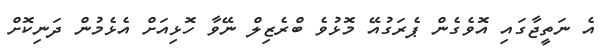
އެ ނަތީޖާގައި އޮވެގެން ޕެރަގުއޭ މޮޅުވެ ބްރެޒިލް ނޭވާ ހޮޅިއަށް އެޅެމުން ދަނިކޮށް